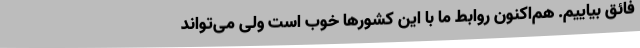
فائق بیاییم. هم‌اکنون روابط ما با این کشورها خوب است ولی می‌تواند